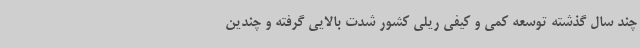
چند سال گذشته توسعه کمی و کیفی ریلی کشور شدت بالایی گرفته و چندین